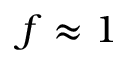
f \approx 1